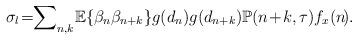
LaTeX: \begin{align*}\sigma_l\!=\!\! \sum\nolimits_{n,k}{\!\mathbb{E}\!\left\{ \beta_n \beta_{n+k}\right\}\!g(d_n)g(d_{n+k}) \mathbb{P}({n\!+\!k},\tau)f_x(n\!).}\end{align*}